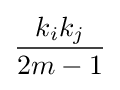
{\frac {k_{i}k_{j}}{2m-1}}